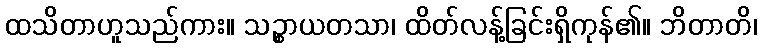
ထသိတာဟူသည်ကား။ သဉ္စာယတသာ၊ ထိတ်လန့်ခြင်းရှိကုန်၏။ ဘိတာတိ၊